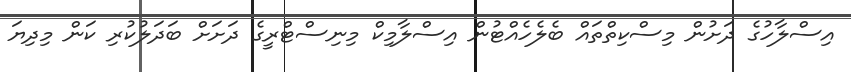
އިސްލާހުގެ ދަށުން މިސްކިތްތައް ބެލެހެއްޓުން އިސްލާމިކް މިނިސްޓްރީގެ ދަށަށް ބަދަލުކުރި ކަން މިދިޔަ